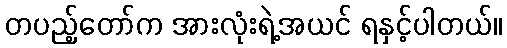
တပည့်တော်က အားလုံးရဲ့အယင် ရနှင့်ပါတယ်။